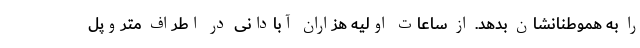
را به هموطنانشان بدهد. از ساعات اولیه هزاران آبادانی در اطراف متروپل